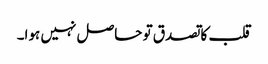
قلب کا تصدق تو حاصل نہیں ہوا۔